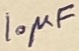
Text: 10µF